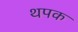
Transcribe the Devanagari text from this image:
थपक